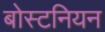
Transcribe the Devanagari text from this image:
बोस्टनियन